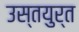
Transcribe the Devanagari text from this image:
उस्तयुर्त